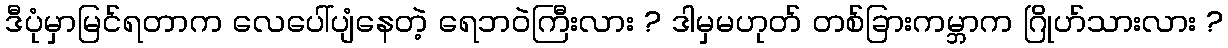
ဒီပုံမှာမြင်ရတာက လေပေါ်ပျံနေတဲ့ ရေဘဝဲကြီးလား ? ဒါမှမဟုတ် တစ်ခြားကမ္ဘာက ဂြိုဟ်သားလား ?